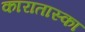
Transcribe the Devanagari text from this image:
कारातास्का